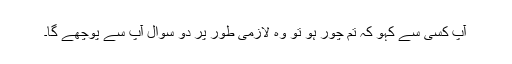
آپ کسی سے کہو کہ تم چور ہو تو وہ لازمی طور پر دو سوال آپ سے پوچھے گا۔